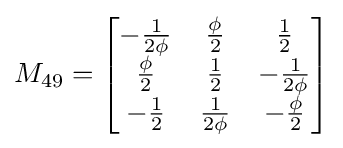
M_{49}={\begin{bmatrix}-{\frac {1}{2\phi }}&{\frac {\phi }{2}}&{\frac {1}{2}}\\{\frac {\phi }{2}}&{\frac {1}{2}}&-{\frac {1}{2\phi }}\\-{\frac {1}{2}}&{\frac {1}{2\phi }}&-{\frac {\phi }{2}}\end{bmatrix}}